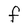
Character: F